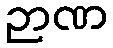
ဉာဏ